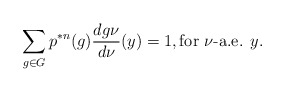
\begin{align*}\sum_{g \in G} p^{*n}(g) \frac{dg\nu}{d\nu}(y) = 1, \textrm{for $\nu$-a.e. $y$}.\end{align*}